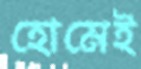
হোমেই